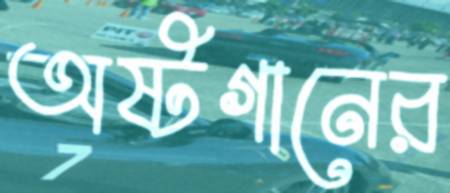
অষ্টগানের